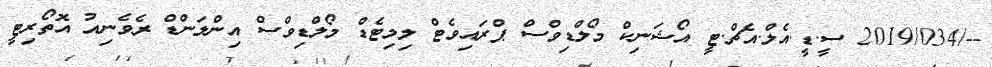
--/2019/034 ސީ.ޑީ.އެލް.އެޗް.ޓީ އޯޝަނިކް މޯލްޑިވްސް ޕްރައިވެޓް ލިމިޓެޑް މޯލްޑިވްސް އިންލަންޑް ރެވެނިއު އޮތޯރިޓީ